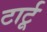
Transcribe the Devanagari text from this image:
टार्टू